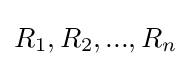
R_{1},R_{2},...,R_{n}